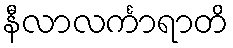
နီလာလင်္ကာရာတိ